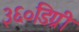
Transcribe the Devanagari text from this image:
३६०डिग्री